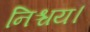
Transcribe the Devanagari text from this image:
निश्चय।